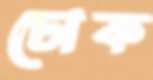
ঢোক